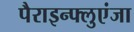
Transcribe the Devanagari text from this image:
पैराइन्फ्लुएंजा